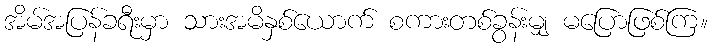
အိမ်အပြန်ခရီးမှာ သားအမိနှစ်ယောက် စကားတစ်ခွန်းမျှ မပြောဖြစ်ကြ။